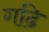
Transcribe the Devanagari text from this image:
गढि